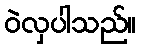
ဝဲလှပါသည်။